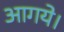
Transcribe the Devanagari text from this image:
आगये।